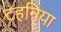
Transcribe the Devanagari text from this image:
टहनिया